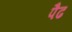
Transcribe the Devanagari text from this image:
पैढ